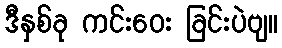
ဒီနှစ်ခု ကင်းဝေး ခြင်းပဲဗျ။